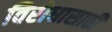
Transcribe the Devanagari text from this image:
विरोधासाठी